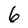
Character: 6